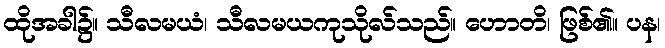
ထိုအခါ၌။ သီလမယံ၊ သီလမယကုသိုလ်သည်။ ဟောတိ၊ ဖြစ်၏။ ပန၊